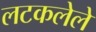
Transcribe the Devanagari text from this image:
लटकलेले